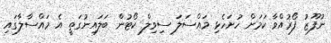
ނުފޫޒު ފޯރުއްވާ ކަމަށް ހުށަހެޅި މައްސަލަ ސިވިލް ކޯޓުން ބަލައިނުގަތީ އެ މައްސާލާގައި